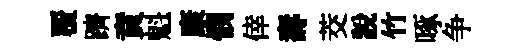
覆躋賁魁康憫倖壽茭説竹啄争